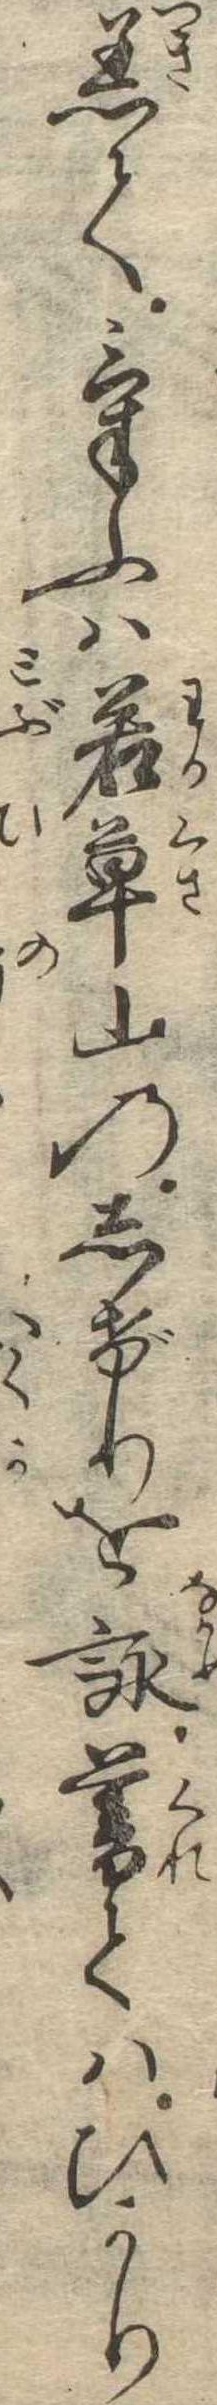
着てけふは若草山のしげりを詠暮てはひかり